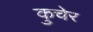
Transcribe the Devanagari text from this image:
कुचेर